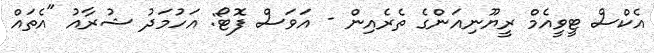
އެކްސް ޓީވީއެމް ރީޔޫނިއަންގެ ތެރެއިން - އަވަސް ފޮޓޯ: އަހުމަދު ޝުރާއު "އެތައް